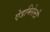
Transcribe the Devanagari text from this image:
ऐडमिरेल्टी